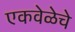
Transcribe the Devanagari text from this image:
एकवेळेचे